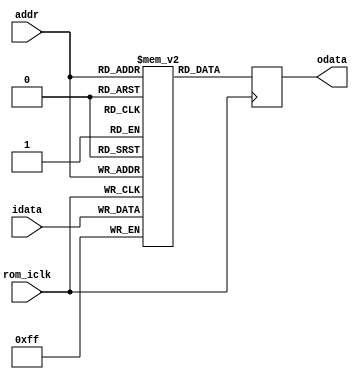
module MemoriaROM(input [7:0] idata,
				input [2:0] addr,
				input rom_iclk,
				output [7:0] odata);
				
	reg [7:0] rom [4:0];
	reg [7:0] reg_Qodata;
	reg [7:0] reg_Dodata;
	
	assign odata = reg_Dodata;
	 
  always @(posedge rom_iclk) 
     
	  begin	 
     rom[addr] <= idata;
	  
	  reg_Dodata <= rom[addr];
	  
	  reg_Qodata <= reg_Dodata;
	  end


  initial begin
    rom[0] = 8'b00000000; 
    rom[1] = 8'b00000001;
    rom[2] = 8'b00000010;
    rom[3] = 8'b00000011;
    rom[4] = 8'b00000100; 
   end
endmodule